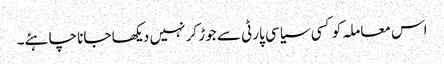
اس معاملہ کو کسی سیاسی پارٹی سے جوڑ کر نہیں دیکھا جانا چاہئے۔